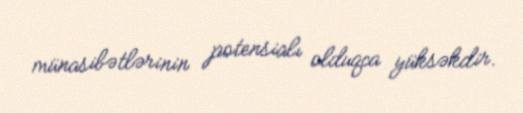
münasibətlərinin potensialı olduqca yüksəkdir.